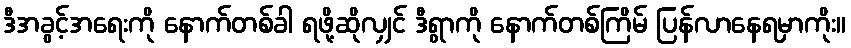
ဒီအခွင့်အရေးကို နောက်တစ်ခါ ရဖို့ဆိုလျှင် ဒီရွာကို နောက်တစ်ကြိမ် ပြန်လာနေရမှာကိုး။